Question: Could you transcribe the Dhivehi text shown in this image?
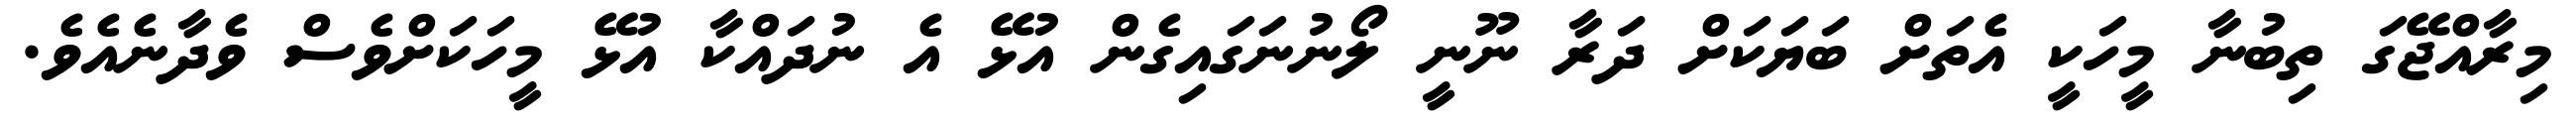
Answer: މިރާއްޖޭގަ ތިބުނާ މީހަކީ އެތަށް ބަޔަކަށް ދަރާ ނޫނީ ލޯނުނަގައިގެން އުޅޭ އެ ނުދައްކާ އުޅޭ މީހަކަށްވެސް ވެދާނެއެވެ.